Papers set at the Examination for Leaving Certificates, 1890
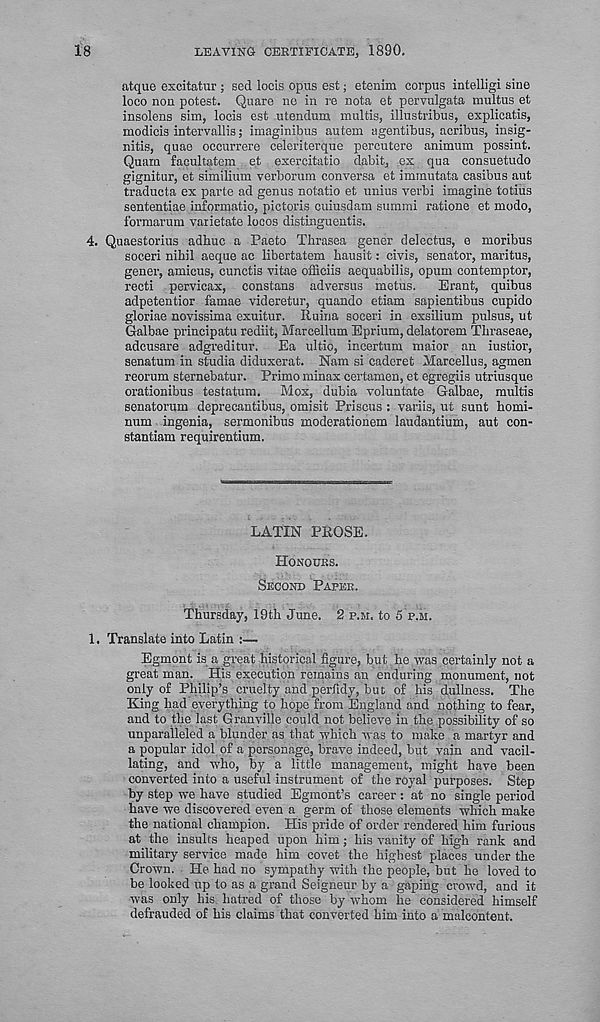
18
LEAVING CERTIFICATE, 1890.
atque excitatur ; sed locis opus est; etenim corpus intelligi sine
loco non potest. Quare no in re nota et pervulgata multus et
insolens sim, locis est utendum multis, illustribus, explicatis,
modicis intervallis; imaginibus autem agentibus, acribus, insig-
nitis, quae occurrere celeriterque percutere animura possint.
Quarn facultatem et exercitatio dabit, ex qua consuetude
gignitur, et similium verborum conversa et immutata casibus aut
traducta ex parte ad genus notatio et unius verbi imagine totius
sententiae informatio, pictoris cuiusdam summi ratione et modo,
formarum varietate locos distinguentis.
4. Quaestorius adhuc a Paeto Thrasea gener delectus, e moribus
soceri nihil aeque ac libertatem hausit: civis, senator, maritus,
gener, amicus, cunctis vitae ofiiciis aequabilis, opum contemptor,
recti pervicax, constans adversus metus.
Erant, quibus
adpetentior famae videretur, quando etiam sapientibus cupido
gloriae novissima exuitur. Ruina soceri in exsilium pulsus, ut
Galbae principatu rediit, Marcellum Eprium, delatorem Thraseae,
adcusare adgreditur.
Ea ultio, incertum maior an iustior,
senatum in studia diduxerat. Nam si caderet Marcellus, agmen
reorum sternebatur. Primo minax certamen, et egregiis utriusque
orationibus testatum.
Mox, dubia voluntate Galbae, multis
senatorum deprecantibus, omisit Prisons : variis, ut sunt homi-
num ingenia, sermonibus moderationem laudantium, aut con-
stantiam requirentium.
LATIN PROSE.
HONOURS.
SECOND PAPER.
Thursday, 19th June. 2 P.M. to 5 P.M.
1. Translate into Latin :—
Egmont is a great -historical figure, but. he was certainly not a
great man. His execution remains an enduring monument, not
only of Philip’s cruelty and perfidy, but of his dullness. The
King had everything to hope from England and nothing to fear,
and to the last Granville could not believe in the possibility of so
unparalleled a blunder as that which was to make a martyr and
a popular idol of a personage, brave indeed, but vain and vacil-
lating, and who, by a little management, might have been
converted into a useful instrument of the royal purposes. Step
by step we have studied Egmont’s career: at no single period
have we discovered even a germ of those elements which make
the national champion. His pride of order rendered him furious
at the insults heaped upon him; his vanity of high rank and
military service made him covet the highest places under the
Crown. He had no sympathy with the people, but he loved to
be looked up to as a grand Seigneur by a gaping crowd, and it
was only his. hatred of those by whom he considered himself
defrauded of his claims that converted him into a malcontent.